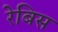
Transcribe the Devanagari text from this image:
रेबिस